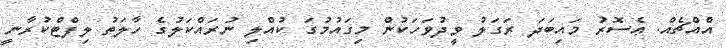
އެްއްޗެއް. ޢެސޮރު މައިބަދަ ރަގަލު ވީދުވަހަކުން މިގައުމުގަ ކުއްލި ނުރައްކަލުގެ ހާލަތު ލިފްޓްކުރާނީ